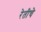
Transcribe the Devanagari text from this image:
रेतीचे